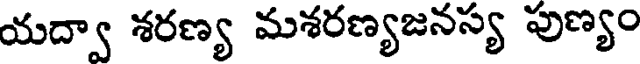
యద్వా శరణ్య మశరణ్యజనస్య పుణ్యం